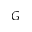
G